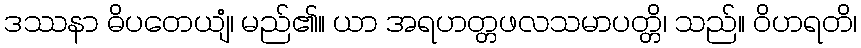
ဒဿနာ ဓိပတေယျံ၊ မည်၏။ ယာ အရဟတ္တဖလသမာပတ္တိ၊ သည်။ ဝိဟရတိ၊